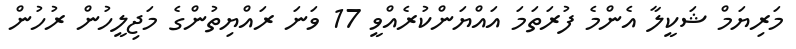
މަރިޔަމް ޝަކީލާ އެންމެ ފުރަތަމަ އައްޔަންކުރެއްވީ 17 ވަނަ ރައްޔިތުންގެ މަޖިލީހުން ރުހުން